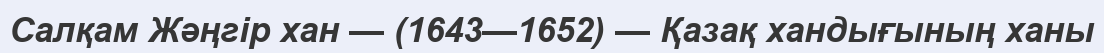
Салқам Жәңгір хан — (1643—1652) — Қазақ хандығының ханы